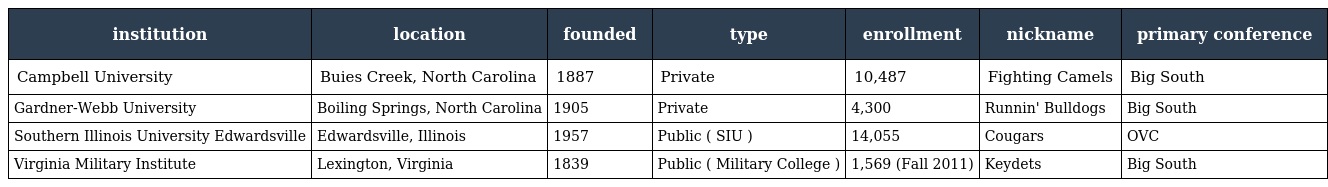
| institution | location | founded | type | enrollment | nickname | primary conference |
 | --- | --- | --- | --- | --- | --- | --- |
 | Campbell University | Buies Creek, North Carolina | 1887 | Private | 10,487 | Fighting Camels | Big South |
 | Gardner-Webb University | Boiling Springs, North Carolina | 1905 | Private | 4,300 | Runnin' Bulldogs | Big South |
 | Southern Illinois University Edwardsville | Edwardsville, Illinois | 1957 | Public ( SIU ) | 14,055 | Cougars | OVC |
 | Virginia Military Institute | Lexington, Virginia | 1839 | Public ( Military College ) | 1,569 (Fall 2011) | Keydets | Big South |